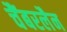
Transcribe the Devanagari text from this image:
चैंबरलैन